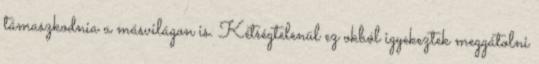
támaszkodnia a másvilágon is. Kétségtelenül ez okból igyekeztek meggátolni